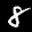
Label: 8